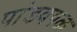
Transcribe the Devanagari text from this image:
पांडवगळ